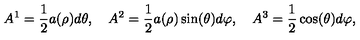
A ^ { 1 } = { \frac { 1 } { 2 } } a ( \rho ) d \theta , \quad A ^ { 2 } = { \frac { 1 } { 2 } } a ( \rho ) \sin ( \theta ) d \varphi , \quad A ^ { 3 } = { \frac { 1 } { 2 } } \cos ( \theta ) d \varphi ,